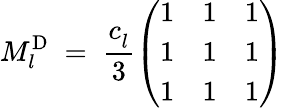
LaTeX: M_{l}^{\mathrm{D}}\; =\; \frac{c_{l}^{~}}{3}\left(\begin{array}{lll}{{1}}&{{1}}&{{1}}\\ {{1}}&{{1}}&{{1}}\\ {{1}}&{{1}}&{{1}}\end{array}\right)\;